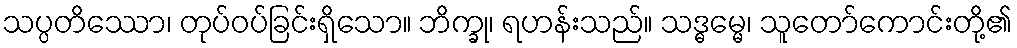
သပ္ပတိဿော၊ တုပ်ဝပ်ခြင်းရှိသော။ ဘိက္ခု၊ ရဟန်းသည်။ သဒ္ဓမ္မေ၊ သူတော်ကောင်းတို့၏